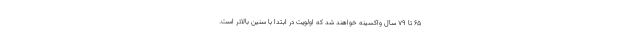
۶۵ تا ۷۹ سال واکسینه خواهند شد که اولویت در ابتدا با سنین بالاتر است.